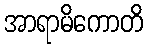
အာရာမိကောတိ